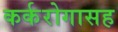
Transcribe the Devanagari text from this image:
कर्करोगासह